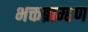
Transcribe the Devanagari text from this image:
भक्तब्राम्हण